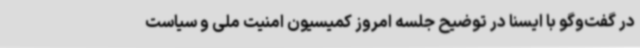
در گفت‌وگو با ایسنا در توضیح جلسه امروز کمیسیون امنیت ملی و سیاست